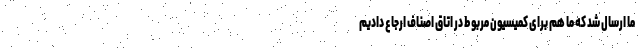
ما ارسال شد که ما هم برای کمیسیون مربوط در اتاق اصناف ارجاع دادیم